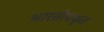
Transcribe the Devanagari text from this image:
भारतीयकृत